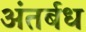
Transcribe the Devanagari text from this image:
अंतर्बध